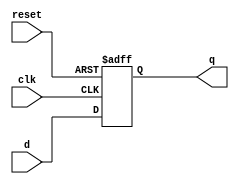
module latch (
    input wire clk,     // Clock signal
    input wire reset,   // Reset signal
    input wire d,       // Data input
    output reg q        // Output of the latch
);

always @(posedge clk or posedge reset) begin
    if (reset) begin
        q <= 1'b0;     // Reset the latch to 0
    end else begin
        q <= d;         // Store the input data in the latch
    end
end

endmodule